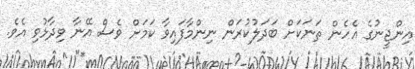
އިންޖީނުގެ އެހެން ތަނަކަށް ބަދަލުކުރަން ނިންމާފައިވާ ކަމަށް ވެސް އޭނާ ވިދާޅުވި އެވެ.